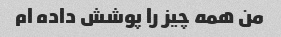
من همه چیز را پوشش داده ام